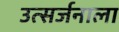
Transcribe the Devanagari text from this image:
उत्सर्जनाला